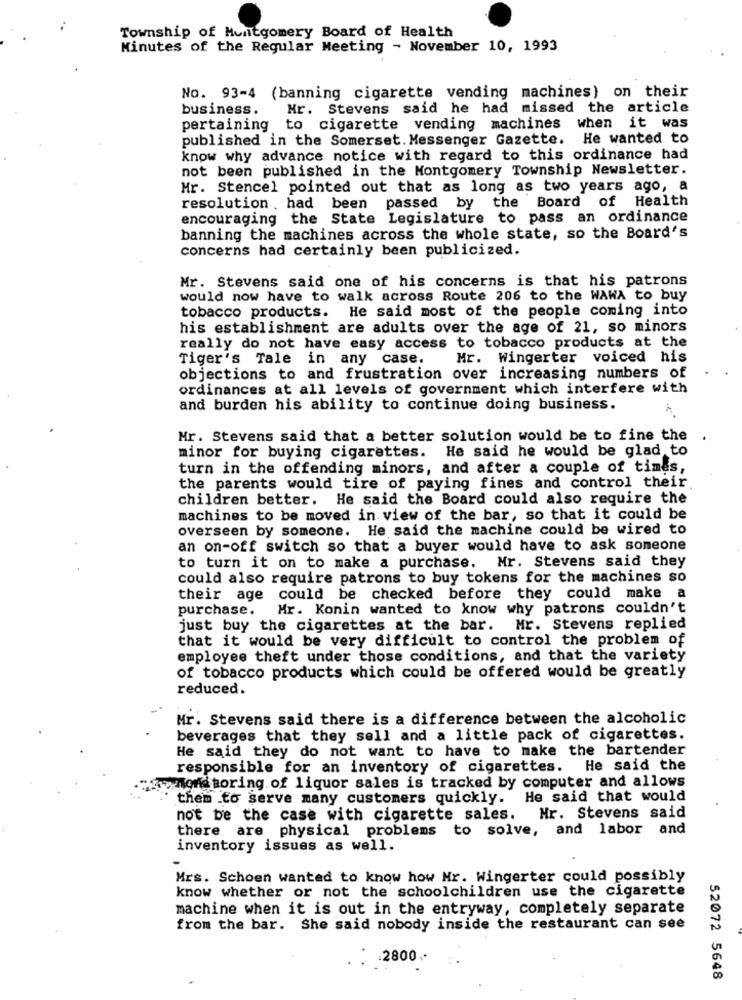
Township of Montgomery Board of Health
Minutes of the Regular Meeting - November 10, 1993
No. 93-4 (banning cigarette vending machines) on their
business.
Hr. Stevens said he had missed the article
when it was
pertaining to cigarette vending machines
published in the Somerset. Messenger Gazette. He wanted to
know why advance notice with regard to this ordinance had
not been published in the Montgomery Township Newsletter.
Mr. Stencel pointed out that as long as two years ago, a
resolution , had been passed by the Board of Health
encouraging the State Legislature to pass an ordinance
banning the machines across the whole state, so the Board's
concerns had certainly been publicized.
Mr. Stevens said one of his concerns is that his patrons
would now have to walk across Route 206 to the WAWA to buy
tobacco products. He said most of the people coming into
his establishment are adults over the age of 21, so minors
really do not have easy access to tobacco products at the
Tiger's Tale in any case.
Mr. Wingerter voiced his
objections to and frustration over increasing numbers of
ordinances at all levels of government which interfere with
and burden his ability to continue doing business.
Mr. Stevens said that a better solution would be to fine the .
minor for buying cigarettes. He said he would be glad to
turn in the offending minors, and after a couple of times,
the parents would tire of paying fines and control their
children better. He said the Board could also require the
machines to be moved in view of the bar, so that it could be
overseen by someone. He said the machine could be wired to
an on-off switch so that a buyer would have to ask someone
to turn it on to make a purchase. Mr. Stevens said they
could also require patrons to buy tokens for the machines so
their age could be checked before they could make a
purchase. Mr. Konin wanted to know why patrons couldn't
just buy the cigarettes at the bar. Mr. Stevens replied
that it would be very difficult to control the problem of
employee theft under those conditions, and that the variety
of tobacco products which could be offered would be greatly
reduced.
Mr. Stevens said there is a difference between the alcoholic
beverages that they sell and a little pack of cigarettes.
He said they do not want to have to make the bartender
responsible for an inventory of cigarettes. He said the
7% mond toring of liquor sales is tracked by computer and allows
them to serve many customers quickly. He said that would
not be the case with cigarette sales. Mr. Stevens said
there are physical problems to solve, and labor and
inventory issues as well.
Mrs. Schoen wanted to know how Nr. Wingerter could possibly
know whether or not the schoolchildren use the cigarette
machine when it is out in the entryway, completely separate
from the bar. She said nobody inside the restaurant can see
:2800 .-
52072 5648